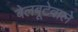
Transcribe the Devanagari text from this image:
बेलबूटेवाले